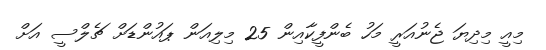
މިއީ މިދިޔަ ޖެނުއަރީ މަހު ބެންފީކާއިން 25 މިލިއަން ޕައުންޑަށް ޗެލްސީ އަށް